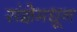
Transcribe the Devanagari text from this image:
संज्ञेमधून